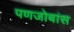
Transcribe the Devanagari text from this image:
पणजोबांस